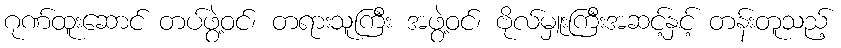
ဂုဏ်ထူးဆောင် တပ်ဖွဲ့ဝင်၊ တရားသူကြီး အဖွဲ့ဝင်၊ ဗိုလ်မှူးကြီးအဆင့်နှင့် တန်းတူသည့်